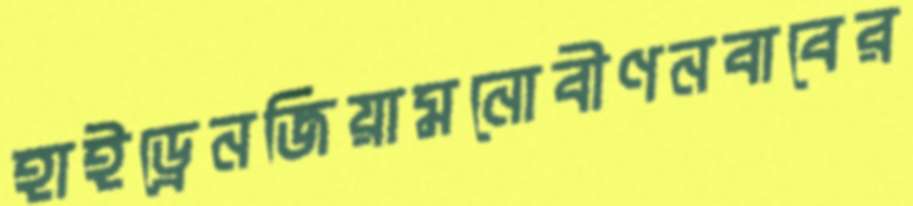
হাইড্রেনজিয়ামনোবীণনবাবের